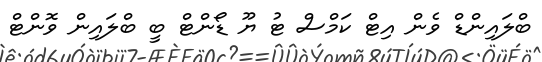
ބްލައިންޑް ވެން އިޓް ކަމްސް ޓު ޔޫ ޑޯންޓް ބީ ބްލައިން ވޮންޓް